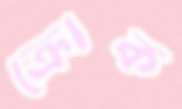
ক্রোক